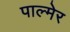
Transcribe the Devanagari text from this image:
पाल्मेर